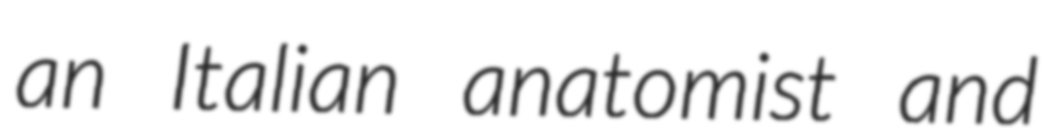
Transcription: an Italian anatomist and